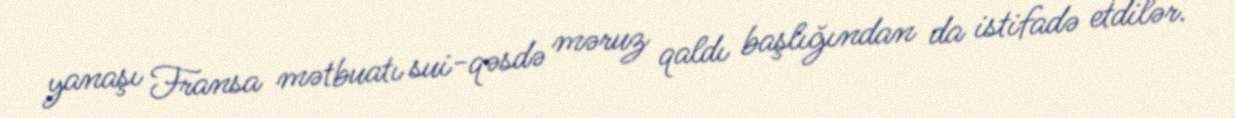
yanaşı Fransa mətbuatı sui-qəsdə məruz qaldı başlığından da istifadə etdilər.